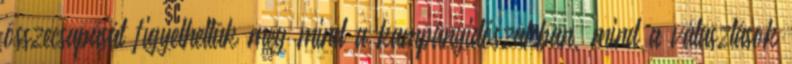
összecsapását figyelhettük meg mind a kampányidőszakban, mind a választások